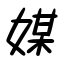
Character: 媒